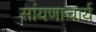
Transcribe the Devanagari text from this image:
सांयणाचार्य